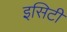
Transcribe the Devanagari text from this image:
इसिटी